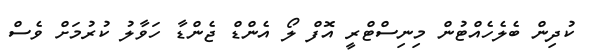
ކުދިން ބެލެހެއްޓުން މިނިސްޓްރީ އޮފް ލޯ އެންޑް ޖެންޑާ ހަވާލު ކުރުމަށް ވެސް